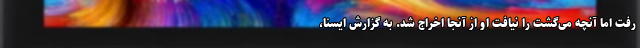
رفت اما آنچه می‌گشت را نیافت او از آنجا اخراج شد. به گزارش ایسنا،